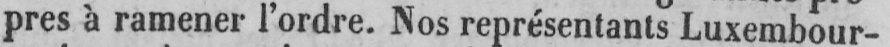
pres à ramener l’ordre. Nos représentants Luxembour-